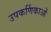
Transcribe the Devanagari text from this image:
उपकर्णिकाओं